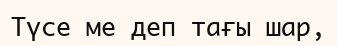
Түсе ме деп тағы шар,